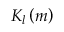
K _ { l } \left( m \right)